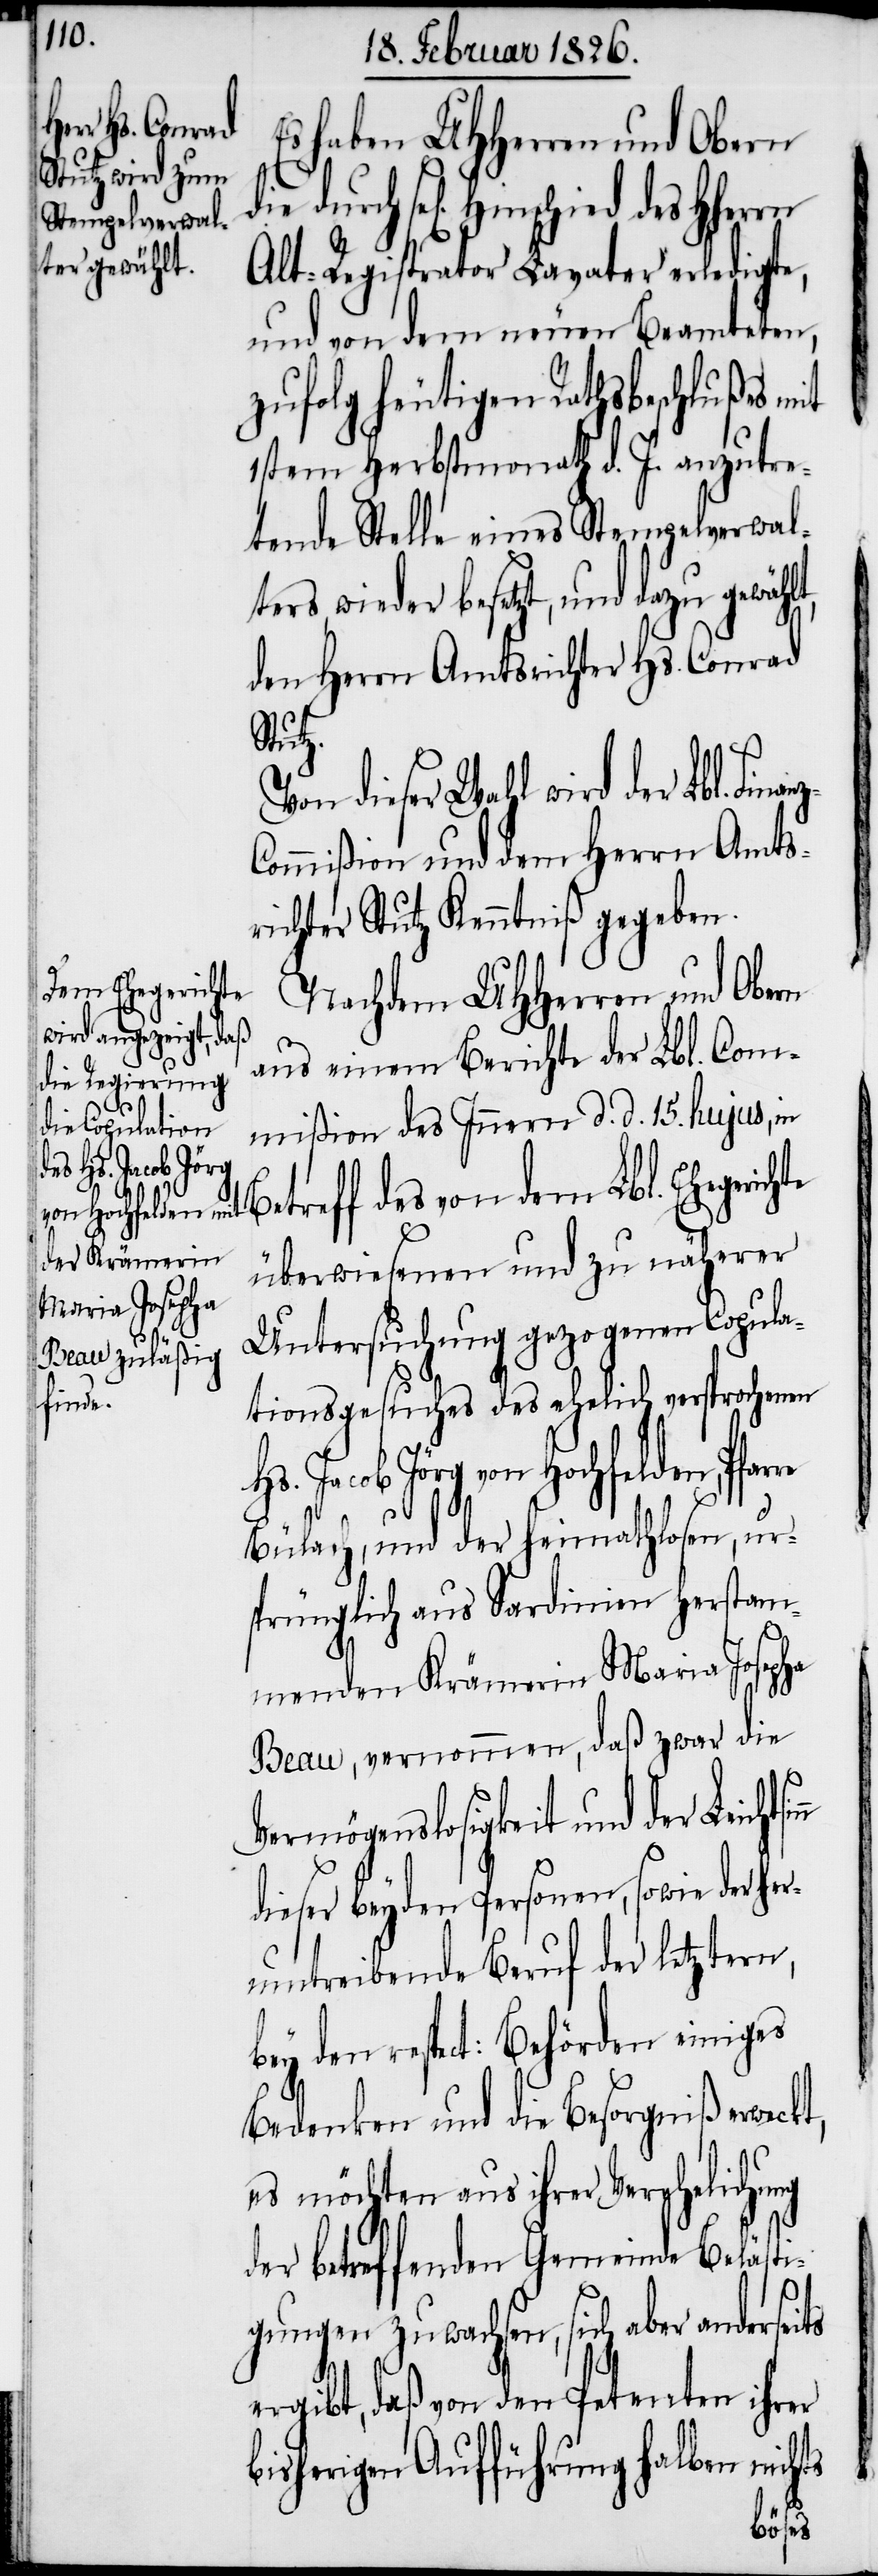
Es haben UHHerren und Obern
durch sel. Hinschied des HHerrn
Alt-Registrator Lavater erledigte,
und von dem neuen Beamteten,
zufolg heutigen Rathsbeschlußes mit
1sten Herbstmonath d. J. anzutre¬
tende Stelle eines Stempelverwal¬
ters wieder besetzt, und dazu
den Herrn Amtsrichter Hs. Conrad
sinn
Von dieser Wahl wird der Lbl. Fin¬
ommißion und dem Herrn Amts¬
richter Stutz Kenntniß gegeben.
Nachdem UHHerren und Obern
aus einem Berichte der Lbl. Com¬
t,
mißion des Innern d. d. 15. hujus,
in Betreff des von dem Lbl. Ehegerichte
überwiesenen und zu näherer
Untersuchung gezogenen Copula¬
tionsgesuches des ehelich versprochenen
Hs. Jacob Jörg von Hochfelden, Pfar¬
re
Bülach, und der Heimathlosen, ur¬
sprünglich aus Sardinien herstam¬
menden Krämerin Maria Josepha
Beau, vernommen, daß zwar die
Vermögenslosigkeit und der Leicht¬
dieser beyden Personen, sowie der her¬
umtreibende Beruf der letztern,
bey den respect: Behörden einiges
Bedenken und die Besorgniß erweck¬
es möchten aus ihrer Verehelichung
der betreffenden Gemeinde Belästi¬
gungen zuwachsen, sich aber anderseits
daß von den Petenten ihrer
bisherigen Aufführung halben nichts
anz-C¬